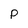
Character: P